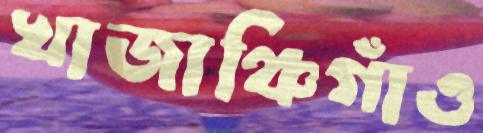
খাজাঞ্চিগাঁও